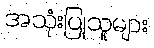
အသုံးပြုသူများ